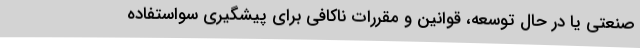
صنعتی یا در حال توسعه، قوانین و مقررات ناکافی برای پیشگیری سواستفاده